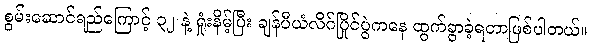
စွမ်းဆောင်ရည်ကြောင့် ၃၂ နဲ့ ရှုံးနိမ့်ပြီး ချန်ပီယံလိဂ်ပြိုင်ပွဲကနေ ထွက်ခွာခဲ့ရတာဖြစ်ပါတယ်။